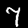
Digit: 7